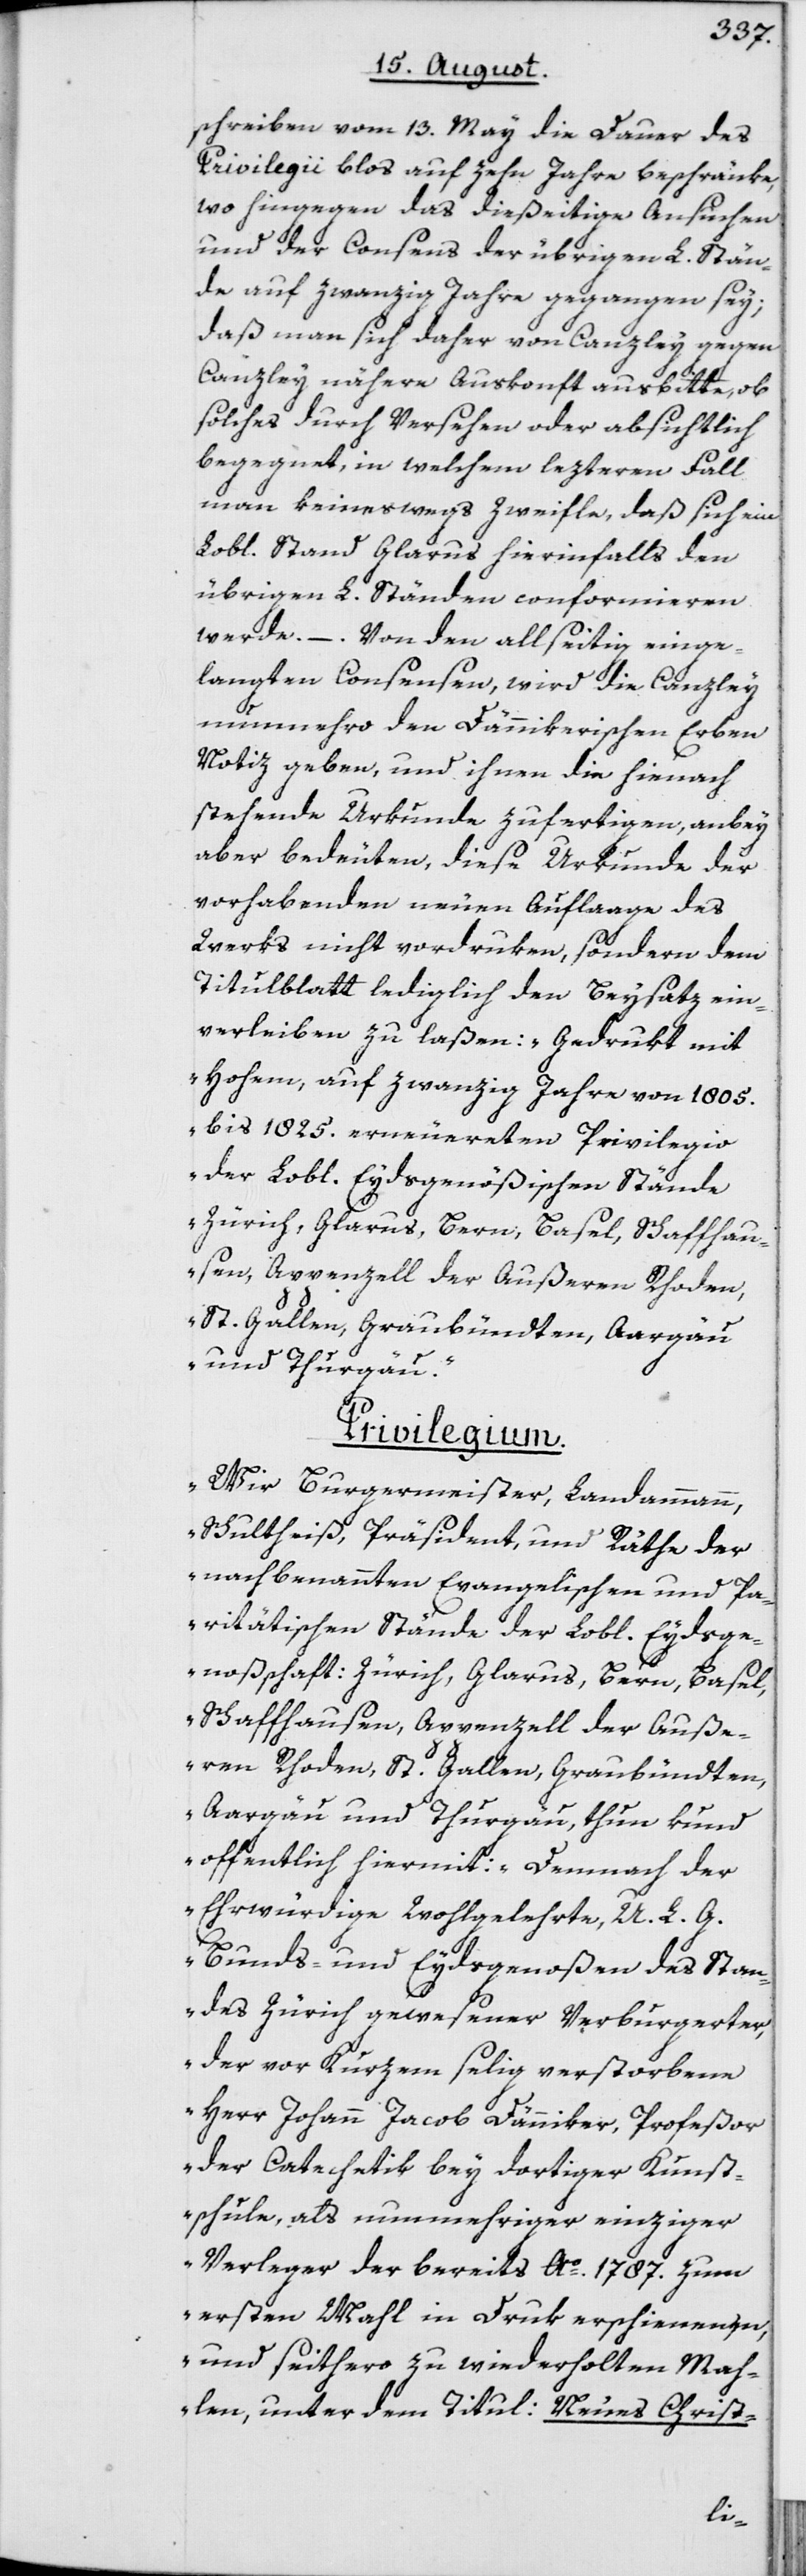
schreiben vom 13. May die Dauer des
Privilegii blos auf zehn Jahre beschränke,
wo hingegen das dießeitige Ansuchen
und der Consens der übrigen L. Stän¬
de auf zwanzig Jahre gegangen sey;
daß man sich daher von Canzley gegen
Canzley nähere Auskonft ausbitte, ob
solches durch Versehen oder absichtlich
begegnet, in welchem lezteren Fall
man keineswegs Zweifle, daß sich ein
Lobl. Stand Glarus hierinfalls den
übrigen L. Ständen conformieren
werde. – Von den allseitig einge¬
langten Consensen, wird die Canzley
nunmehro den Dännikerischen Erben
Notiz geben, und ihnen die hienach
stehende Urkunde zufertigen, anbey
aber bedeuten, diese Urkunde der
vorhabenden neuen Auflaage des
Werks nicht vordruken, sondern dem
Titulblatt lediglich den Beysatz ein¬
verleiben zu laßen: „Gedrukt mit
Hohem, auf zwanzig Jahre von 1805.
bis 1825. erneuereten Privilegio
der L. Eydsgenößischen Stände
Zürich, Glarus, Bern, Basel, Schaffhau¬
sen, Appenzell der Außeren Rhoden,
St. Gallen, Graubündten, Aargau
und Thurgau.“
Privilegium.
„Wir Burgermeister, Landammann,
Schultheiß, Präsident, und Räthe der
nachbenannten Evangelischen und Pa¬
ritätischen Stände der Lobl. Eydsge¬
noßschaft: Zürich, Glarus, Bern, Basel,
Schaffhausen, Appenzell der Auße¬
ren Rhoden, St. Gallen, Graubündten,
Aargau und Thurgau, thun kund
offentlich hiermit: Demnach der
Ehrwürdige Wohlgelehrte, U. L. G.
Bunds- und Eydsgenoßen des Stan¬
des Zürich gewesener Verburgerter,
der vor Kurzem selig verstorbene
Herr Johann Jacob Dänniker, Profeßor
der Catechetik bey dortiger Kunst¬
schule, als nunmehriger einziger
Verleger der bereits Ao. 1787. zum
ersten Mahl in Druk erschienenen,
und seithero zu wiederholten Mah¬
len, unter dem Titul: Neues Christ-